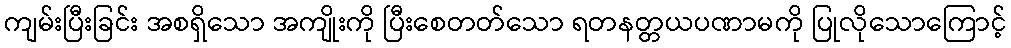
ကျမ်းပြီးခြင်း အစရှိသော အကျိုးကို ပြီးစေတတ်သော ရတနတ္တယပဏာမကို ပြုလိုသောကြောင့်